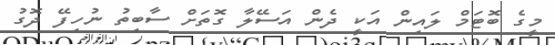
މީގެ ބޮޓަމް ލައިން އަކީ ދެން އަސޭލާ ގޮތަށް ސާބިތު ނުހިފޭ ދޮގު